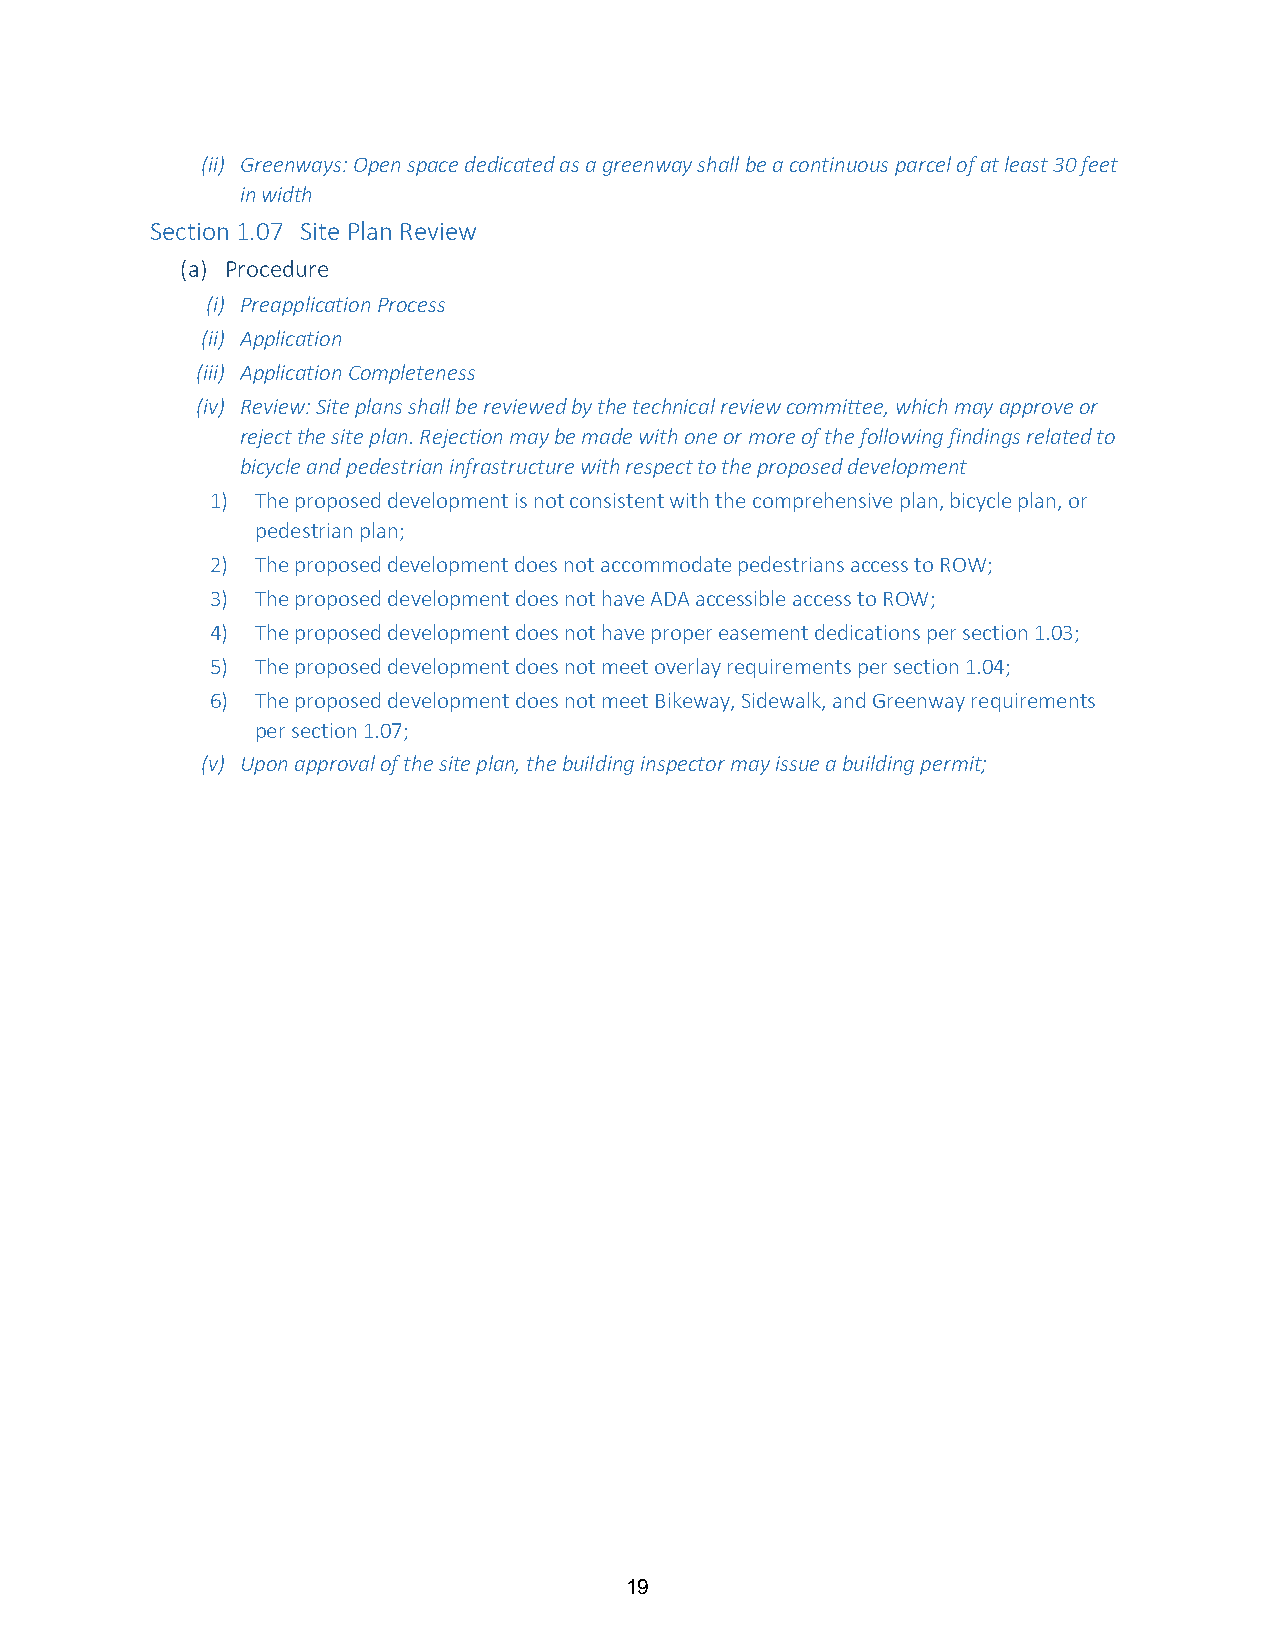
(ii) Greenways: Open space dedicated as a greenway shall be a continuous parcel of at least 30 feet
 in width
 Section 1.07 Site Plan Review
 (a) Procedure
 (i) Preapplication Process
 (ii) Application
 (iii) Application Completeness
 (iv) Review: Site plans shall be reviewed by the technical review committee, which may approve or
 reject the site plan. Rejection may be made with one or more of the following findings related to
 bicycle and pedestrian infrastructure with respect to the proposed development
 1) The proposed development is not consistent with the comprehensive plan, bicycle plan, or
 pedestrian plan;
 2) The proposed development does not accommodate pedestrians access to ROW;
 3) The proposed development does not have ADA accessible access to ROW;
 4) The proposed development does not have proper easement dedications per section 1.03;
 5) The proposed development does not meet overlay requirements per section 1.04;
 6) The proposed development does not meet Bikeway, Sidewalk, and Greenway requirements
 per section 1.07;
 (v) Upon approval of the site plan, the building inspector may issue a building permit;
 19